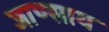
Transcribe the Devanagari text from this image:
जाण्साय